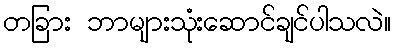
တခြား ဘာများသုံးဆောင်ချင်ပါသလဲ။